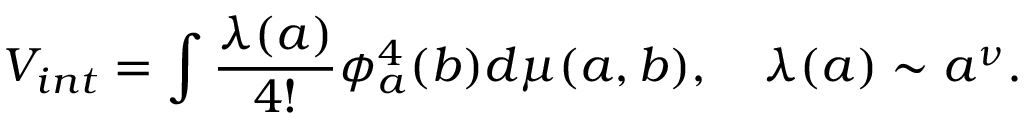
V _ { i n t } = \int \frac { \lambda ( a ) } { 4 ! } \phi _ { a } ^ { 4 } ( b ) d \mu ( a , b ) , \quad \lambda ( a ) \sim a ^ { \nu } .